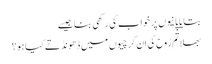
بتایا پانیوں پر خواب کی رکھی بنا جیسے
بھلا تُم رُوح کی اِن کِرچیوں میں ڈھونڈتے کیا ہو ؟